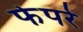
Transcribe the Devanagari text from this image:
फेपरे